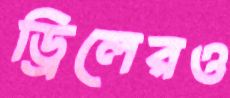
ড্রিলেরও